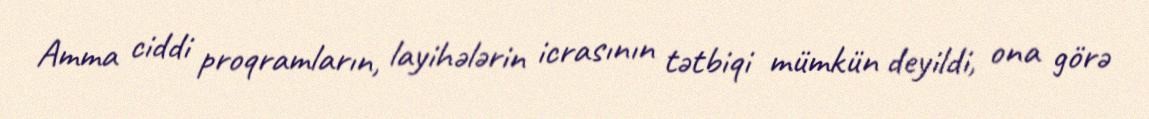
Amma ciddi proqramların, layihələrin icrasının tətbiqi mümkün deyildi, ona görə